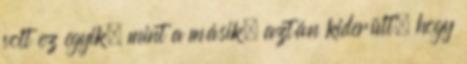
volt ez egyik, mint a másik, aztán kiderült, hogy